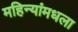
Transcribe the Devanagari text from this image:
महिन्यांमधला